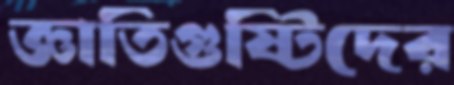
জ্ঞাতিগুষ্টিদের